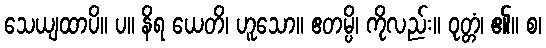
သေယျထာပိ။ ပ။ နိရ ယေတိ၊ ဟူသော။ ဧတမ္ပိ၊ ကိုလည်း။ ဝုတ္တံ၊ ၏။ စ၊